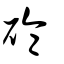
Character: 碖